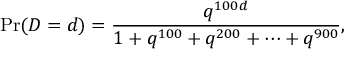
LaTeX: \operatorname* { P r } ( D = d ) = { \frac { q ^ { 1 0 0 d } } { 1 + q ^ { 1 0 0 } + q ^ { 2 0 0 } + \cdots + q ^ { 9 0 0 } } } ,